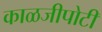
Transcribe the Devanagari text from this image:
काळजीपोटी